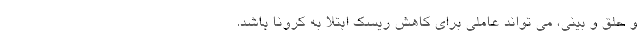
و حلق و بینی، می تواند عاملی برای کاهش ریسک ابتلا به کرونا باشد.